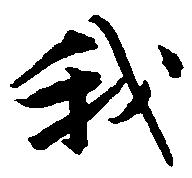
我